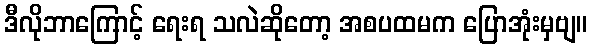
ဒီလိုဘာကြောင့် ရေးရ သလဲဆိုတော့ အစပထမက ပြောအုံးမှဗျ။